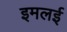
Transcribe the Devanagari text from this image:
इमलई